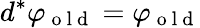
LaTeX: d^{*}\varphi_{\mathrm{~o~l~d~}}=\varphi_{\mathrm{~o~l~d~}}